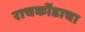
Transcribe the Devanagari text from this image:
राचकोंडाचा